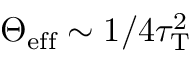
\Theta _ { \mathrm { e f f } } \sim 1 / 4 \tau _ { \mathrm { T } } ^ { 2 }